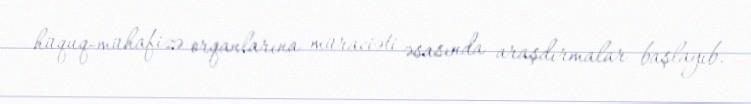
hüquq-mühafizə orqanlarına müraciəti əsasında araşdırmalar başlayıb.